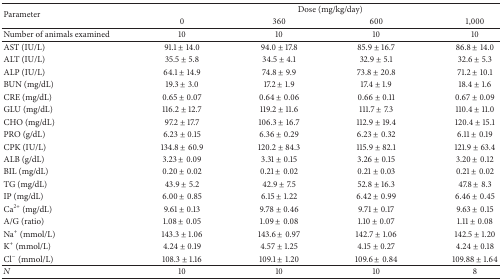
<table><thead><tr><td rowspan="2"><b>Parameter</b></td><td colspan="4"><b>Dose (mg/kg/day)</b></td></tr><tr><td><b>0</b></td><td><b>360</b></td><td><b>600</b></td><td><b>1,000</b></td></tr></thead><tbody><tr><td>Number of animals examined</td><td>10</td><td>10</td><td>10</td><td>10</td></tr><tr><td>AST (IU/L)</td><td>91.1 ± 14.0</td><td>94.0 ± 17.8</td><td>85.9 ± 16.7</td><td>86.8 ± 14.0</td></tr><tr><td>ALT (IU/L)</td><td>35.5 ± 5.8</td><td>34.5 ± 4.1</td><td>32.9 ± 5.1</td><td>32.6 ± 5.3</td></tr><tr><td>ALP (IU/L)</td><td>64.1 ± 14.9</td><td>74.8 ± 9.9</td><td>73.8 ± 20.8</td><td>71.2 ± 10.1</td></tr><tr><td>BUN (mg/dL)</td><td>19.3 ± 3.0</td><td>17.2 ± 1.9</td><td>17.4 ± 1.9</td><td>18.4 ± 1.6</td></tr><tr><td>CRE (mg/dL)</td><td>0.65 ± 0.07</td><td>0.64 ± 0.06</td><td>0.66 ± 0.11</td><td>0.67 ± 0.09</td></tr><tr><td>GLU (mg/dL)</td><td>116.2 ± 12.7</td><td>119.2 ± 11.6</td><td>111.7 ± 7.3</td><td>110.4 ± 11.0</td></tr><tr><td>CHO (mg/dL)</td><td>97.2 ± 17.7</td><td>106.3 ± 16.7</td><td>112.9 ± 19.4</td><td>120.4 ± 15.1</td></tr><tr><td>PRO (g/dL)</td><td>6.23 ± 0.15</td><td>6.36 ± 0.29</td><td>6.23 ± 0.32</td><td>6.11 ± 0.19</td></tr><tr><td>CPK (IU/L)</td><td>134.8 ± 60.9</td><td>120.2 ± 84.3</td><td>115.9 ± 82.1</td><td>121.9 ± 63.4</td></tr><tr><td>ALB (g/dL)</td><td>3.23 ± 0.09</td><td>3.31 ± 0.15</td><td>3.26 ± 0.15</td><td>3.20 ± 0.12</td></tr><tr><td>BIL (mg/dL)</td><td>0.20 ± 0.02</td><td>0.21 ± 0.02</td><td>0.21 ± 0.03</td><td>0.21 ± 0.02</td></tr><tr><td>TG (mg/dL)</td><td>43.9 ± 5.2</td><td>42.9 ± 7.5</td><td>52.8 ± 16.3</td><td>47.8 ± 8.3</td></tr><tr><td>IP (mg/dL)</td><td>6.00 ± 0.85</td><td>6.15 ± 1.22</td><td>6.42 ± 0.99</td><td>6.46 ± 0.45</td></tr><tr><td>Ca<sup>2+</sup> (mg/dL)</td><td>9.61 ± 0.13</td><td>9.78 ± 0.46</td><td>9.71 ± 0.17</td><td>9.63 ± 0.15</td></tr><tr><td>A/G (ratio)</td><td>1.08 ± 0.05</td><td>1.09 ± 0.08</td><td>1.10 ± 0.07</td><td>1.11 ± 0.08</td></tr><tr><td>Na<sup>+</sup> (mmol/L)</td><td>143.3 ± 1.06</td><td>143.6 ± 0.97</td><td>142.7 ± 1.06</td><td>142.5 ± 1.20</td></tr><tr><td>K<sup>+</sup> (mmol/L)</td><td>4.24 ± 0.19</td><td>4.57 ± 1.25</td><td>4.15 ± 0.27</td><td>4.24 ± 0.18</td></tr><tr><td>Cl<sup>−</sup> (mmol/L)</td><td>108.3 ± 1.16</td><td>109.1 ± 1.20</td><td>109.6 ± 0.84</td><td>109.88 ± 1.64</td></tr><tr><td><i>N</i></td><td>10</td><td>10</td><td>10</td><td>8</td></tr></tbody></table>